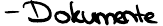
- Dokumente